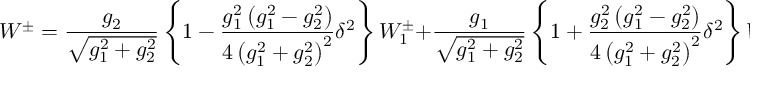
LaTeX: W ^ { \pm } = \frac { g _ { 2 } } { \sqrt { g _ { 1 } ^ { 2 } + g _ { 2 } ^ { 2 } } } \left\{ 1 - \frac { g _ { 1 } ^ { 2 } \left( g _ { 1 } ^ { 2 } - g _ { 2 } ^ { 2 } \right) } { 4 \left( g _ { 1 } ^ { 2 } + g _ { 2 } ^ { 2 } \right) ^ { 2 } } \delta ^ { 2 } \right\} W _ { 1 } ^ { \pm } + \frac { g _ { 1 } } { \sqrt { g _ { 1 } ^ { 2 } + g _ { 2 } ^ { 2 } } } \left\{ 1 + \frac { g _ { 2 } ^ { 2 } \left( g _ { 1 } ^ { 2 } - g _ { 2 } ^ { 2 } \right) } { 4 \left( g _ { 1 } ^ { 2 } + g _ { 2 } ^ { 2 } \right) ^ { 2 } } \delta ^ { 2 } \right\} W _ { 2 } ^ { \pm } \, \, ,